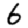
Digit: 6